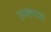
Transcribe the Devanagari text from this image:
लक्भाग